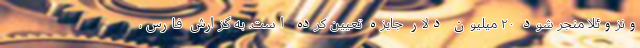
ونزوئلا منجر شود ۲۰ میلیون دلار جایزه تعیین کرده است. به گزارش فارس،